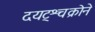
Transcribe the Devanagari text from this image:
दयट्श्चक्रोने